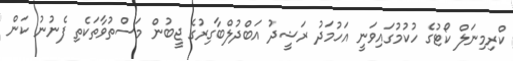
ކްރިމިނަލް ކޯޓުގެ ހުކުމުގައިވަނީ އަހުމަދު ރަޝީދު އަބްދުލްބާގިރުގެ ޖީބުން މަސްތުވާތަކެތި ފެނުނު ކަން